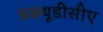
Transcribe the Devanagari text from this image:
डब्ल्यूडीसीए